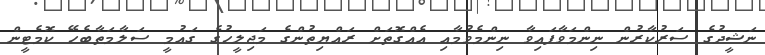
ނަޝީދުގެ ސަރުކާރުން ނިންމަވާފައިވާ ނިންމެވުމާއި އެއްގޮތަށް ރައްޔިތުންގެ މަޖިލީހުގެ ގައުމީ ސަލާމަތާބެހޭ ކޮމެޓީން